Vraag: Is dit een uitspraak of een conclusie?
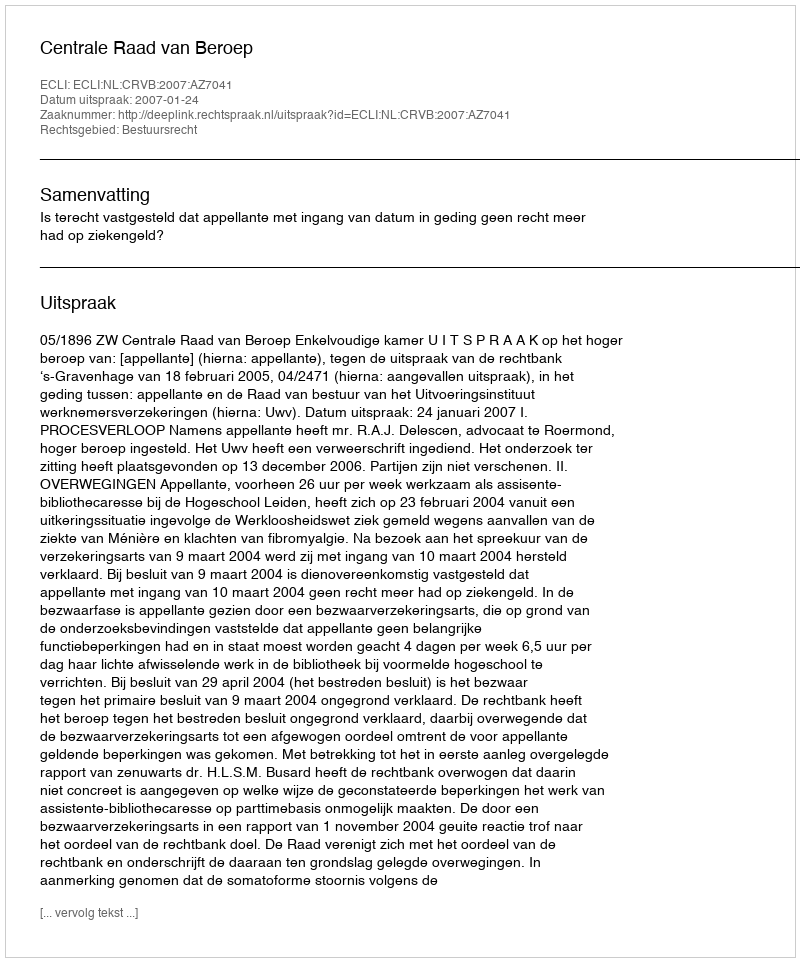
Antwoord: Uitspraak